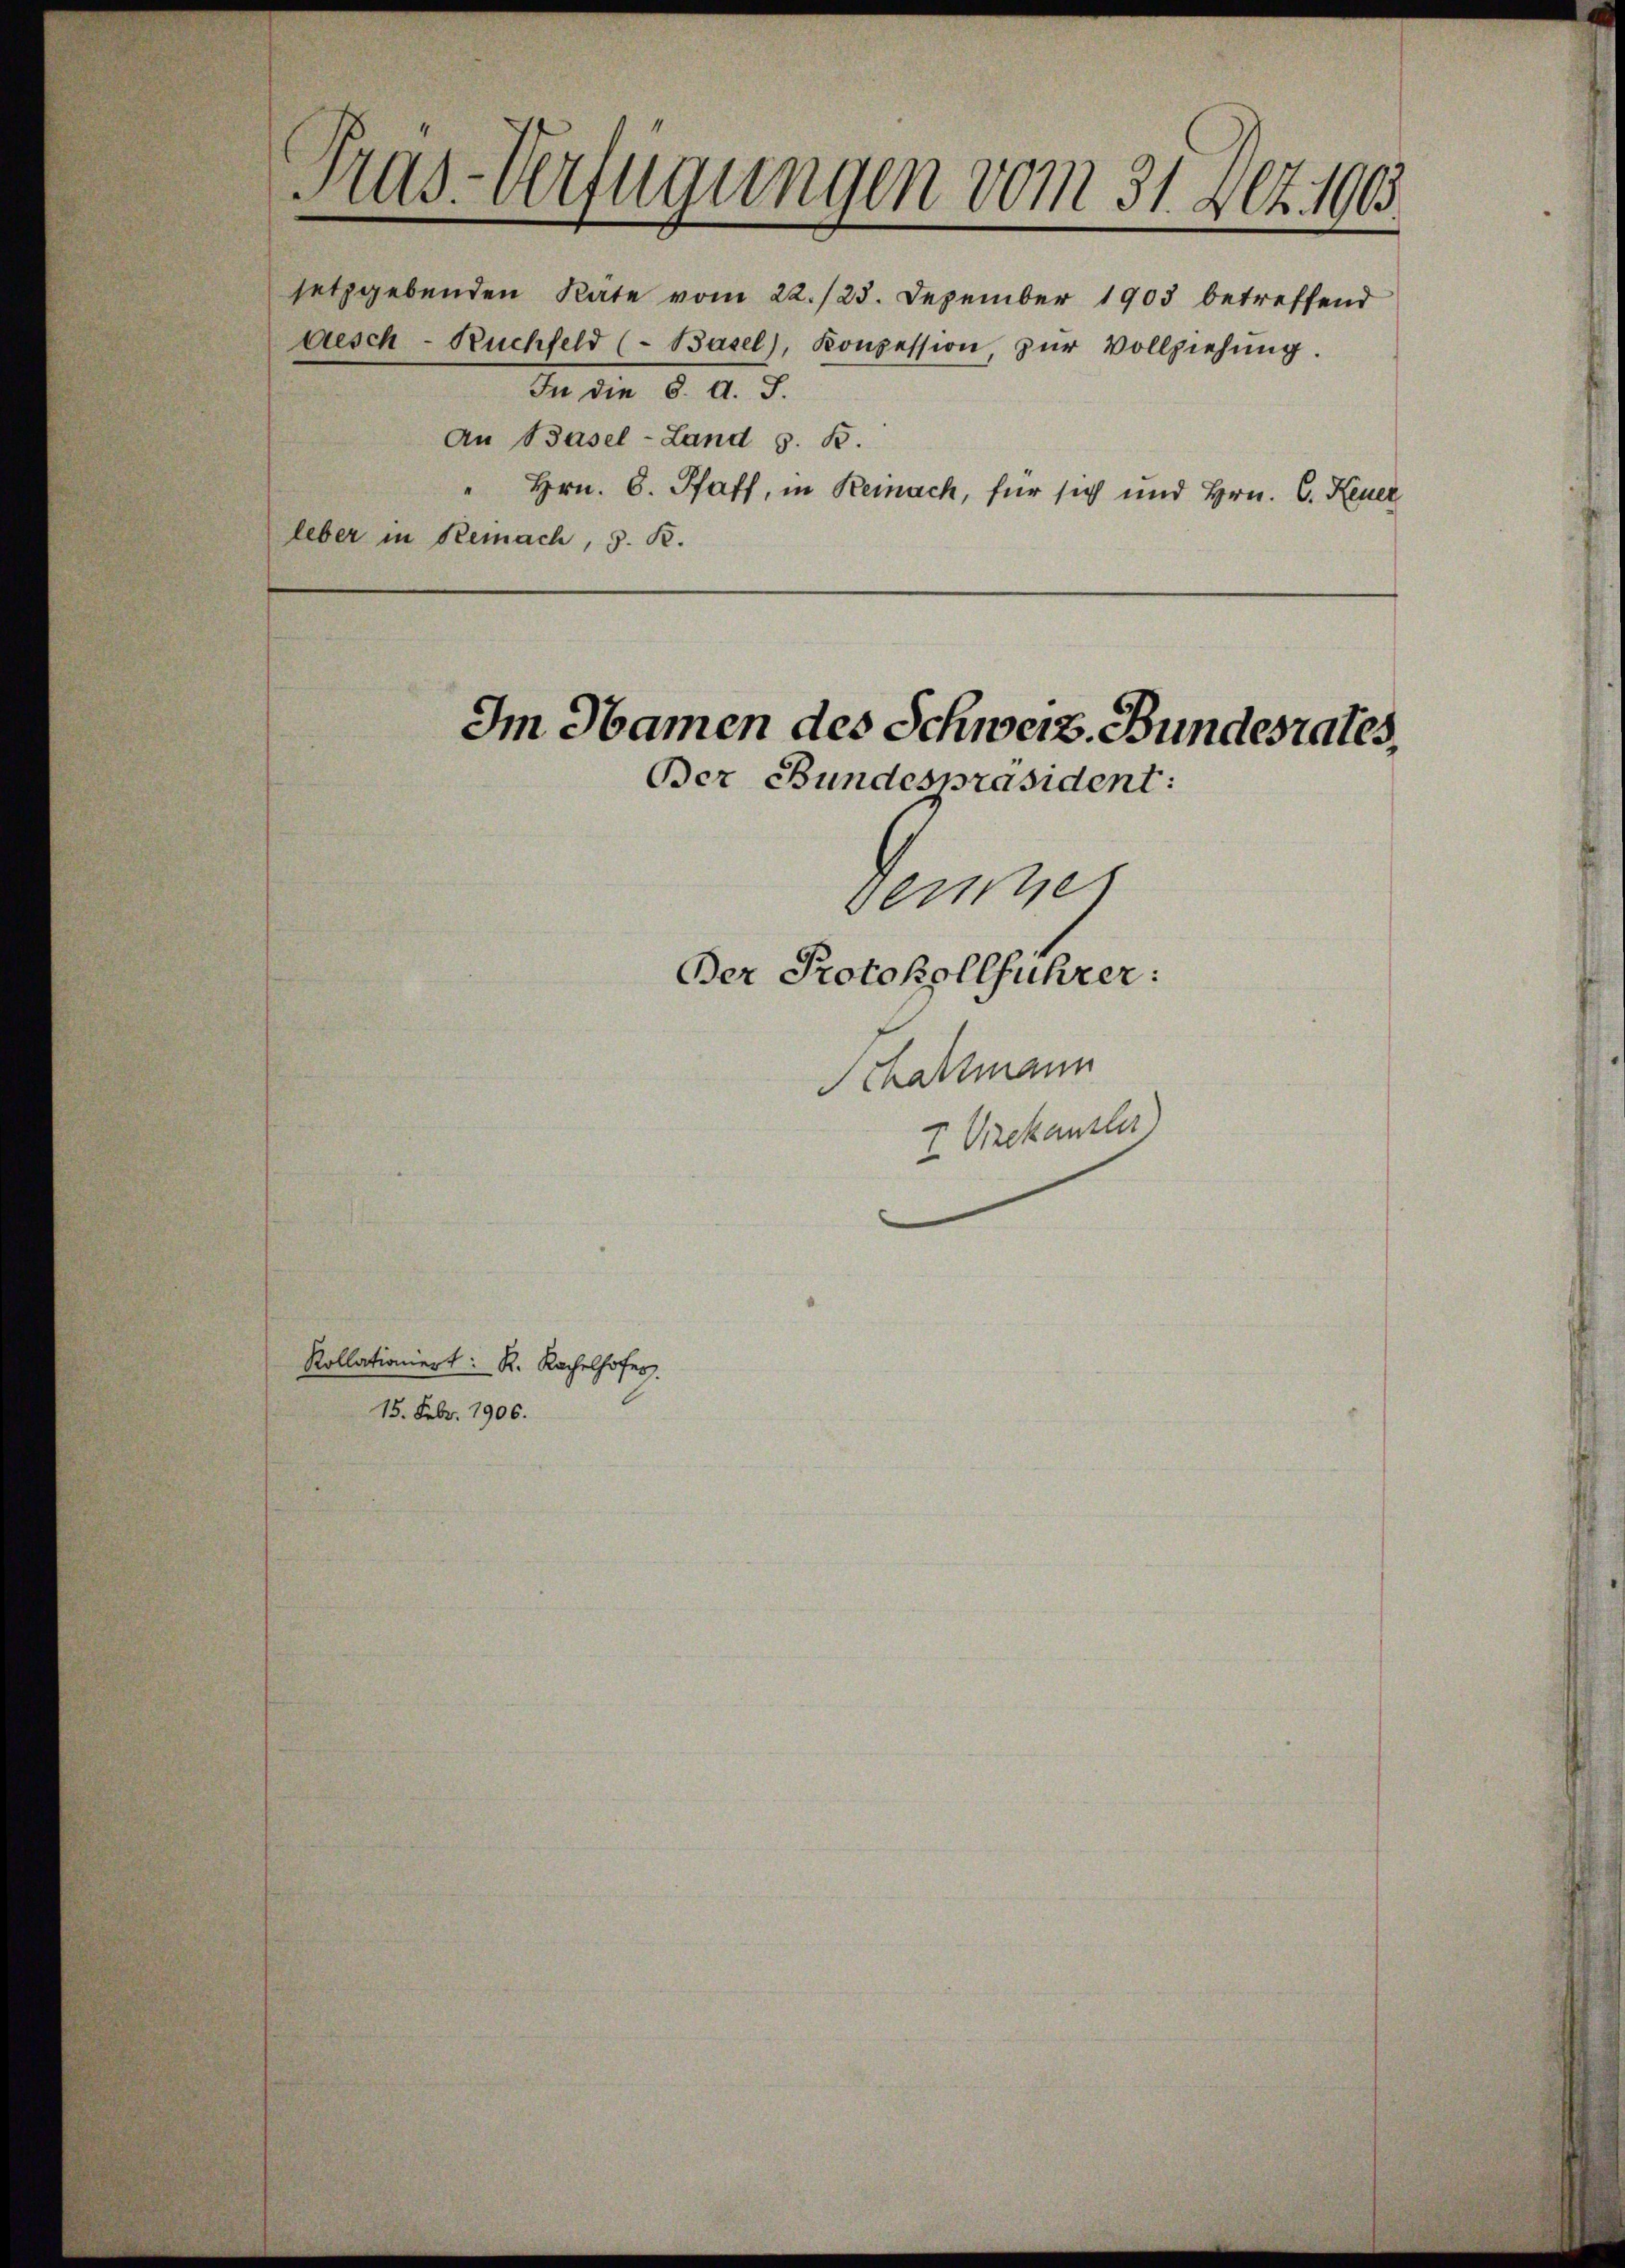
Pras-Verfügungen vom 31. Dez. 190.

Kollationiert: R. Rachelhofer.
15. Febr. 1906.

setzgebenden Räte vom 22./23. Dezember 1903 betreffend
disch-Ruchfeld (Basel, Konzession, zŭr Vollziehŭng.
In die 6. d. d.
An Basel-Land z. B.
I
Hrn. C. Pfaff, in Reinach, für sich und Hrn. C. Reuer
leber in Reinach, S. R.

Im Namen des Schweiz. Bundesrates,

Der Bundespräsident:
Versche

Der Protokollführer:
Schartmann

7 Vizekanzler)